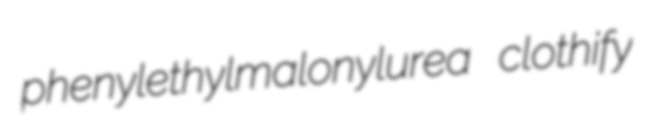
phenylethylmalonylurea clothify